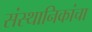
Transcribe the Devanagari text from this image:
संस्थानिकांचा